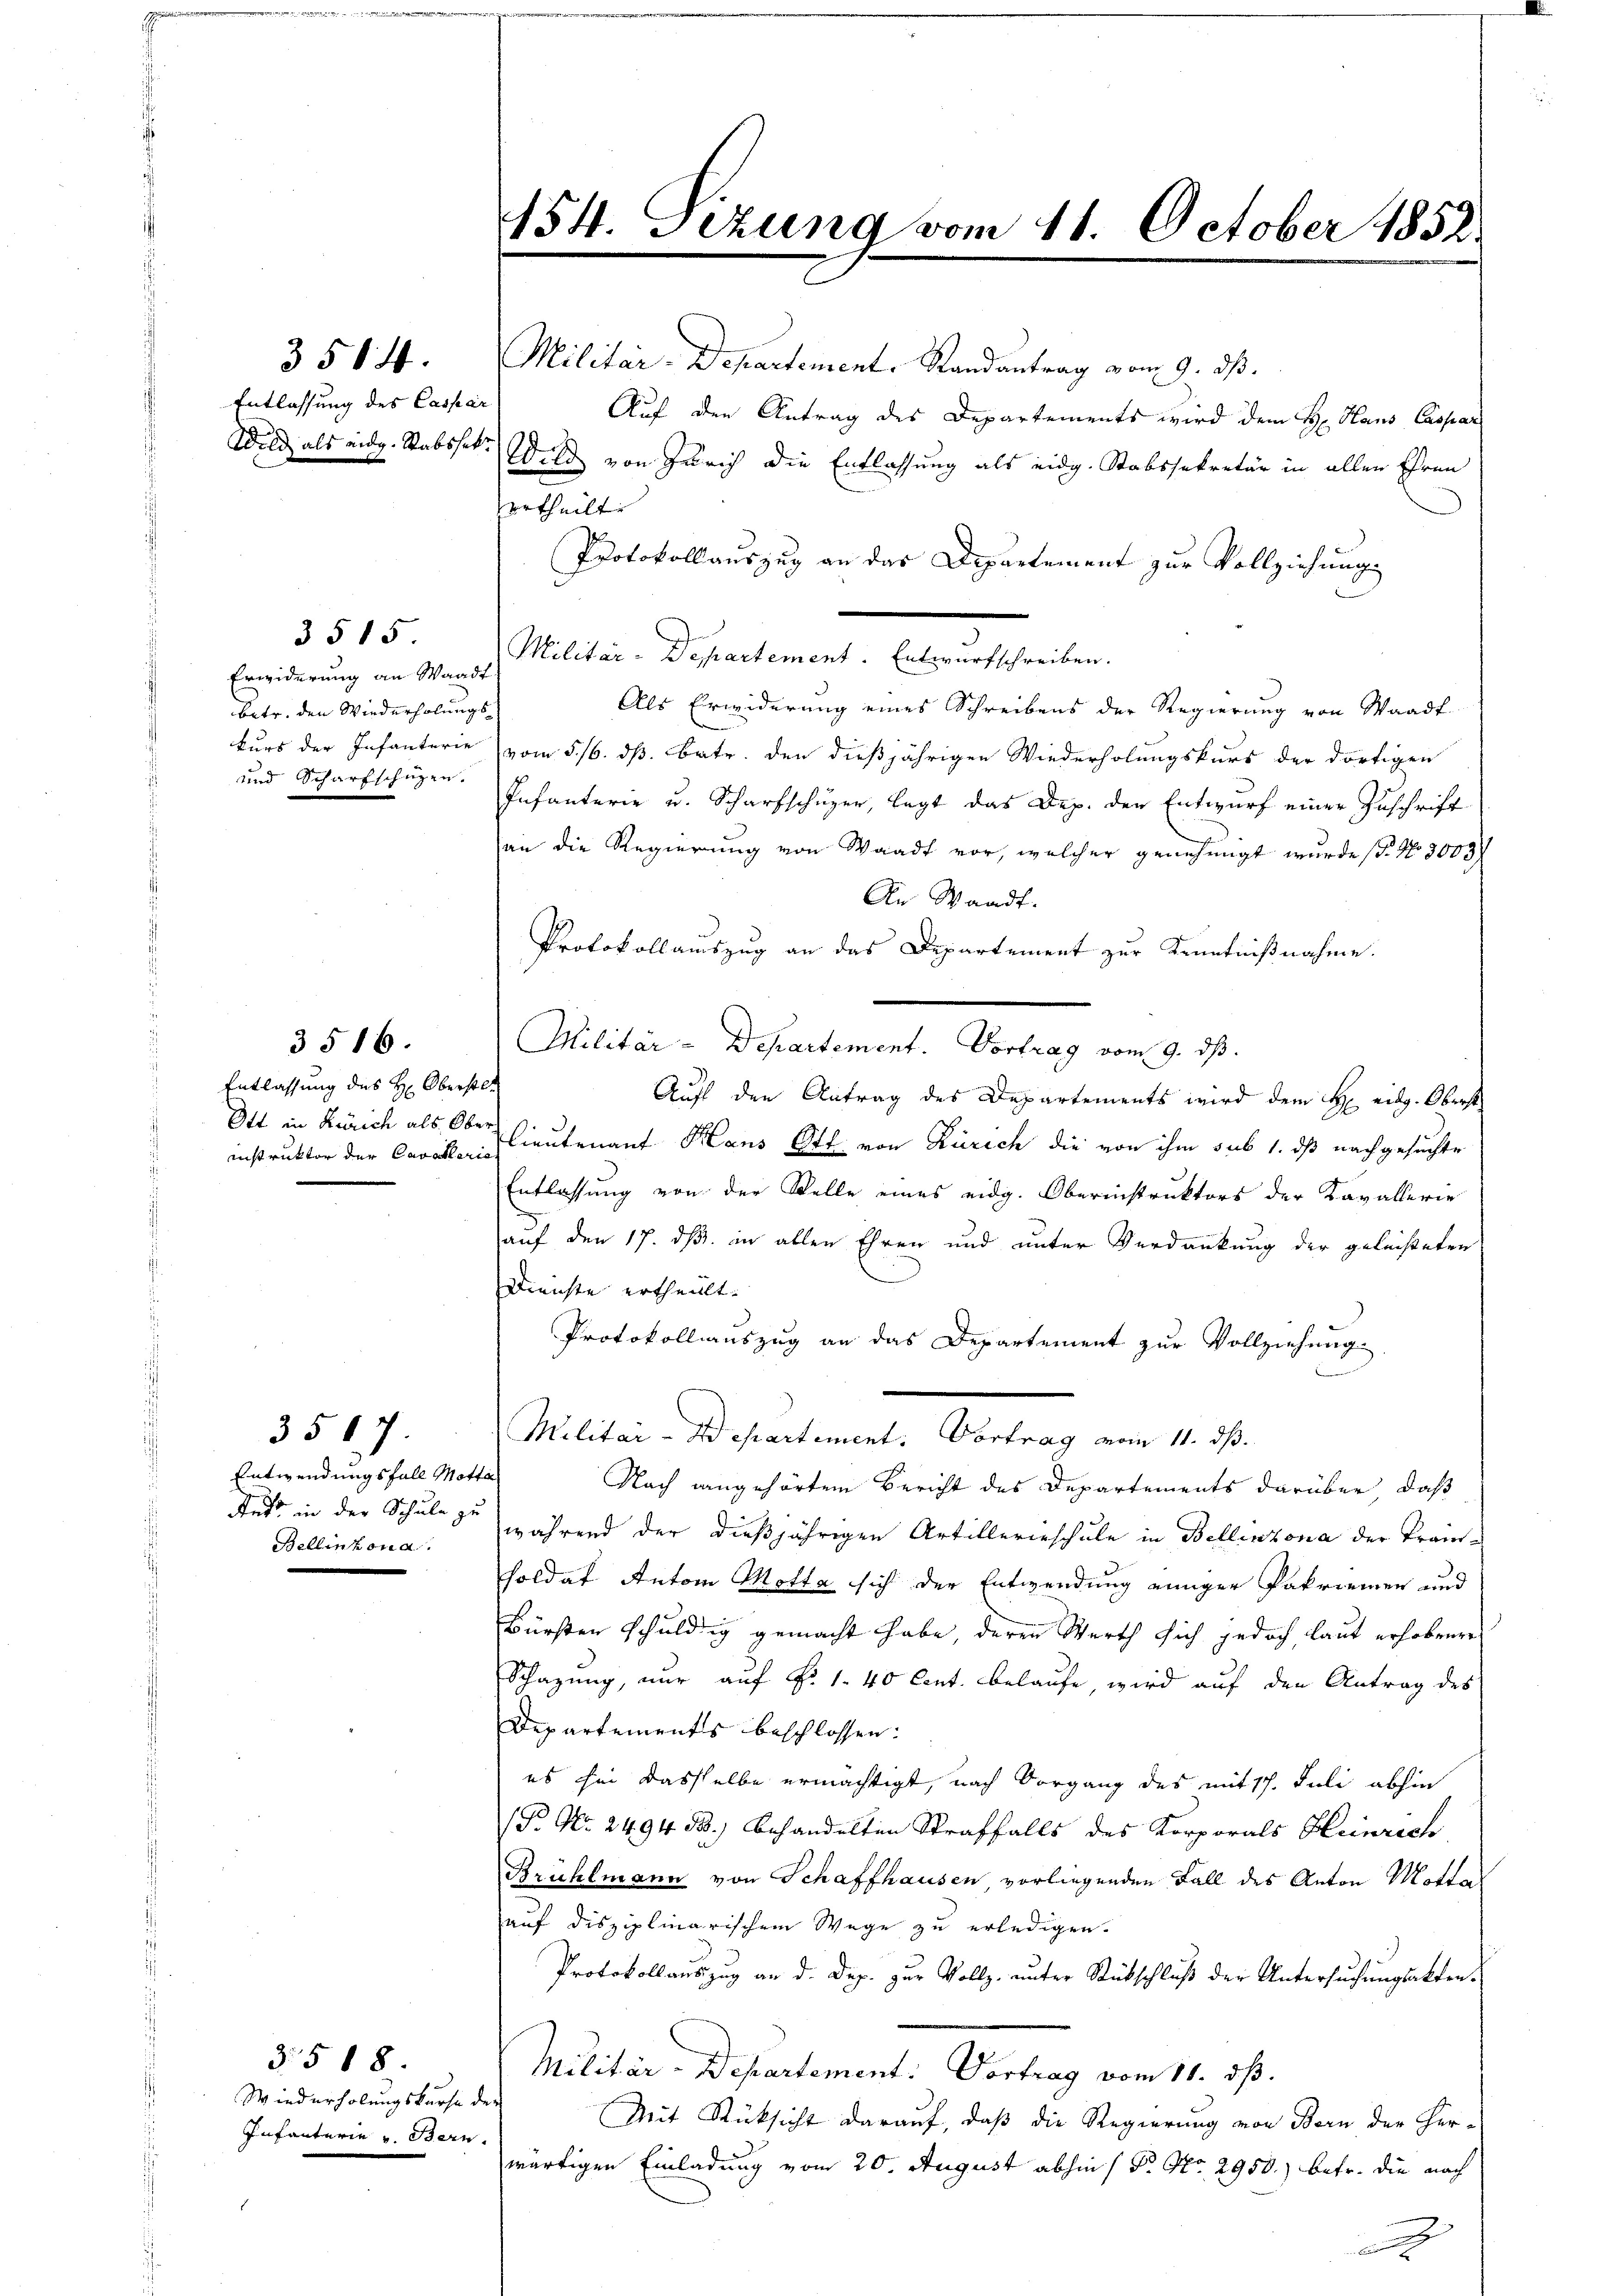
Entlassung des Caspar

Erwiderung an Waadt
betr. den Wiederholungs¬
und Scharfschüzen.

3515

3516.
Entlassung des H: Oberstel
Ott in Zürich als Ober

3507.
Entwendungsfall Motta
Rets in der Schule zu
Bellinzona.

3.5 18
Wiederholungskurse der
Infanterie v. Bern.

3514. Militär-Departement. Randantrag vom 9. ds.
Auf den Antrag des Departements wird dem H: Haus Caspar
Wild als eidg. Stabsset. Wild von Zürich die Entlassung als eidg. Stabssekretär in allen Ehren
urtheilt.
Protokollauszug an das Departement zur Vollziehung
Malten Dienstande Anstalten
Als Erwiderung eines Schreibens der Regierung von Waadt
kurs der Infanterie vom 5. 16. ds. betr. den dießjährigen Wiederholungskurs der dortigen
Infanterie u. Scharfschuzer, legt das Dep. der Entwurf einer Zuschrift
an die Regierung von Waadt vor, welcher genehmigt wurde (s. No. 8003/
An Waadt.
Protokollauszug an das Departement zur Kenntnißnahme.
Militär - Departement. Vortrag vom 9. ds.
Auf den Antrag des Departements wird dem H eidg. Oberst
instruktor der Cavallieutenauf Haus Ott von Zürich die von ihm sub 1. ds nachgesuchte
Entlassung von der Stelle eines eidg. Oberinstruktors der Kavallerie
auf den 17. ds. in allen Ehren und unter Verdankung der geleisteten
Dienste ertheilt.
Protokollsauszug an das Departement zur Vollziehung.
Militar-Departement: Vortrag vom 11. ds.
Nach angehörten Bericht des Departements darüber, daß
während der dießjährigen Artillerieschule in Bellinzona der Fransoldat Anton Motta sich der Entwendung einiger Patriemen und
Bürsten schuldig gemacht habe, deren Werth sich jedoch laut erhobener
Schazung, nur auf Fr. 1. 40 Cent. belaufe, wird auf den Antrag des
Departements beschlossen:
es hin dasselbe ermächtigt, nach Vorgang des mit 17. Juli abhin
(P. Nr. 2494. 53.) behandelten Straffalls des Korporals Heinrich
Brühlmann von Schaffhausen, vorliegenden Fall des Anton Motta
auf disziplinarischem Wege zu erledigen.
Protokollauszug an d. Dez. zur Vollz. unter Rückschluß der Untersuchungsakten¬
Militär-Departement: Vortrag vom 11. dß.
Mit Rücksicht darauf, daß die Regierung von Bern der Her-
wärtigen Einladung vom 20. August abhin / Dr. No. 2950.) betr. die nach

454. Sizung vom 11. October 1852

2